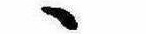
ゝ